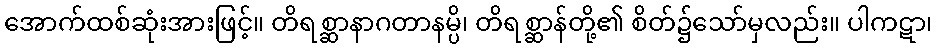
အောက်ထစ်ဆုံးအားဖြင့်။ တိရစ္ဆာနာဂတာနမ္ပိ၊ တိရစ္ဆာန်တို့၏ စိတ်၌သော်မှလည်း။ ပါကဋာ၊